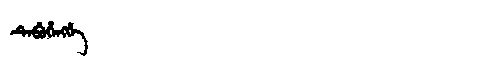
Manchu: ᡨᡝᠪᡠᡥᡝᠩᡤᡝ
Romanization: TEBUHENGGE